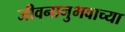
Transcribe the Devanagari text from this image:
जीवनानुभवाच्या